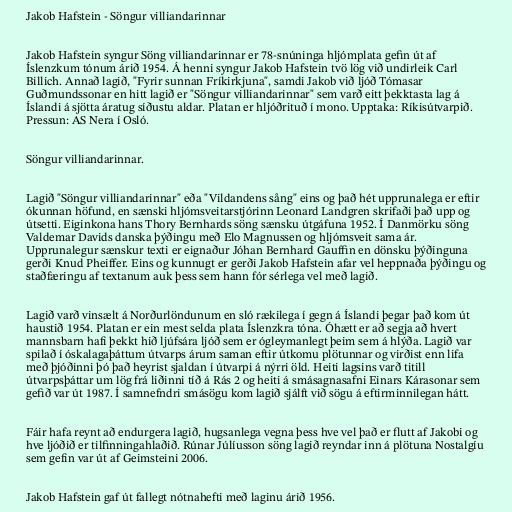
Jakob Hafstein - Söngur villiandarinnar

Jakob Hafstein syngur Söng villiandarinnar er 78-snúninga hljómplata gefin út af
Íslenzkum tónum árið 1954. Á henni syngur Jakob Hafstein tvö lög við undirleik Carl
Billich. Annað lagið, "Fyrir sunnan Fríkirkjuna", samdi Jakob við ljóð Tómasar
Guðmundssonar en hitt lagið er "Söngur villiandarinnar" sem varð eitt þekktasta lag á
Íslandi á sjötta áratug síðustu aldar. Platan er hljóðrituð í mono. Upptaka: Ríkisútvarpið.
Pressun: AS Nera í Osló.

Söngur villiandarinnar.

Lagið "Söngur villiandarinnar" eða "Vildandens sång" eins og það hét upprunalega er eftir
ókunnan höfund, en sænski hljómsveitarstjórinn Leonard Landgren skrifaði það upp og
útsetti. Eiginkona hans Thory Bernhards söng sænsku útgáfuna 1952. Í Danmörku söng
Valdemar Davids danska þýðingu með Elo Magnussen og hljómsveit sama ár.
Upprunalegur sænskur texti er eignaður Jóhan Bernhard Gauffin en dönsku þýðinguna
gerði Knud Pheiffer. Eins og kunnugt er gerði Jakob Hafstein afar vel heppnaða þýðingu og
staðfæringu af textanum auk þess sem hann fór sérlega vel með lagið.

Lagið varð vinsælt á Norðurlöndunum en sló rækilega í gegn á Íslandi þegar það kom út
haustið 1954. Platan er ein mest selda plata Íslenzkra tóna. Óhætt er að segja að hvert
mannsbarn hafi þekkt hið ljúfsára ljóð sem er ógleymanlegt þeim sem á hlýða. Lagið var
spilað í óskalagaþáttum útvarps árum saman eftir útkomu plötunnar og virðist enn lifa
með þjóðinni þó það heyrist sjaldan í útvarpi á nýrri öld. Heiti lagsins varð titill
útvarpsþáttar um lög frá liðinni tíð á Rás 2 og heiti á smásagnasafni Einars Kárasonar sem
gefið var út 1987. Í samnefndri smásögu kom lagið sjálft við sögu á eftirminnilegan hátt.

Fáir hafa reynt að endurgera lagið, hugsanlega vegna þess hve vel það er flutt af Jakobi og
hve ljóðið er tilfinningahlaðið. Rúnar Júlíusson söng lagið reyndar inn á plötuna Nostalgíu
sem gefin var út af Geimsteini 2006.

Jakob Hafstein gaf út fallegt nótnahefti með laginu árið 1956.